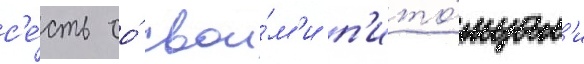
с'е́сть со́ свои́м'и п'ито́мцам'и